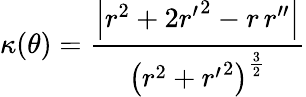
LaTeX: \kappa(\theta)={\frac{\left|r^{2}+2{r^{\prime}}^{2}-r\, r^{\prime\prime}\right|}{\left(r^{2}+{r^{\prime}}^{2}\right)^{\frac{3}{2}}}}